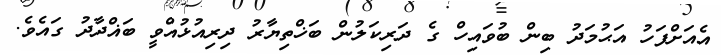
އެއަށްފަހު އަޙުމަދު ބިން ބުވައިހް ގެ ދަރިކަލުން ބަޚްތިޔާރު ދިރިއުޅުއްވީ ބަޣްދާދު ގައެވެ.